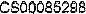
CS00085298